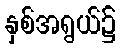
နှစ်အရွယ်၌